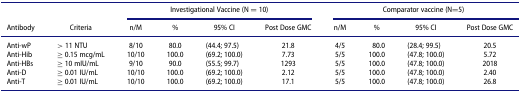
<table><thead><tr><td><b> </b></td><td><b> </b></td><td colspan="4"><b>Investigational Vaccine (N = 10)</b></td><td colspan="4"><b>Comparator vaccine (N=5)</b></td></tr><tr><td><b>Antibody</b></td><td><b>Criteria</b></td><td><b>n/M</b></td><td><b>%</b></td><td><b>95% CI</b></td><td><b>Post Dose GMC</b></td><td><b>n/M</b></td><td><b>%</b></td><td><b>95% CI</b></td><td><b>Post Dose GMC</b></td></tr></thead><tbody><tr><td>Anti-wP</td><td>&gt; 11 NTU</td><td>8/10</td><td>80.0</td><td>(44.4; 97.5)</td><td>21.8</td><td>4/5</td><td>80.0</td><td>(28.4; 99.5)</td><td>20.5</td></tr><tr><td>Anti-Hib</td><td>≥ 0.15 mcg/mL</td><td>10/10</td><td>100.0</td><td>(69.2; 100.0)</td><td>7.73</td><td>5/5</td><td>100.0</td><td>(47.8; 100.0)</td><td>5.72</td></tr><tr><td>Anti-HBs</td><td>≥ 10 mIU/mL</td><td>9/10</td><td>90.0</td><td>(55.5; 99.7) </td><td>1293</td><td>5/5</td><td>100.0</td><td>(47.8; 100.0)</td><td>2018</td></tr><tr><td>Anti-D</td><td>≥ 0.01 IU/mL</td><td>10/10</td><td>100.0</td><td>(69.2; 100.0)</td><td>2.12</td><td>5/5</td><td>100.0</td><td>(47.8; 100.0)</td><td>2.40</td></tr><tr><td>Anti-T</td><td>≥ 0.01 IU/mL</td><td>10/10</td><td>100.0</td><td>(69.2; 100.0)</td><td>17.1</td><td>5/5</td><td>100.0</td><td>(47.8; 100.0)</td><td>26.8</td></tr></tbody></table>